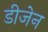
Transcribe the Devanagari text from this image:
डीजेन